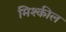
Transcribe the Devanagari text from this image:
मिश्कील